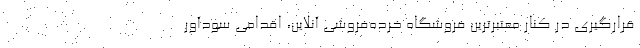
قرارگیری در کنار معتبرترین فروشگاه‌ خرده‌فروشی آنلاین،‌ اقدامی سودآور